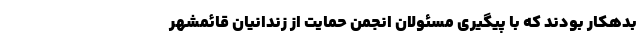
بدهکار بودند که با پیگیری مسئولان انجمن حمایت از زندانیان قائمشهر